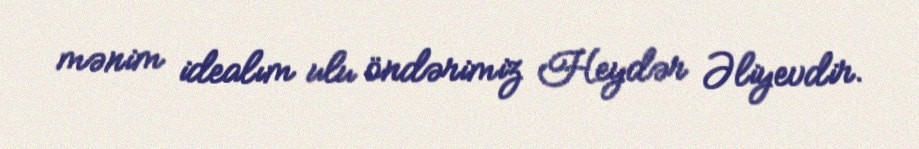
mənim idealım ulu öndərimiz Heydər Əliyevdir.